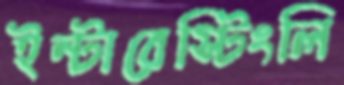
ইন্টারেস্টিংলি